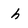
Character: h